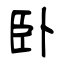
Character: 卧